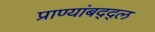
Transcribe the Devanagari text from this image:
प्राण्यांबद्द्ल